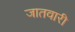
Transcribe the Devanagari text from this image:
जातवारी